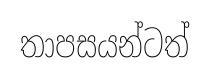
තාපසයන්ටත්